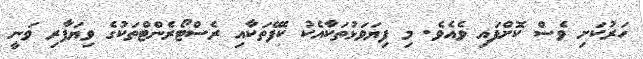
ހަރުކަށި ވެސް ކޮށްފައި ވެއެވެ. މި ފިޔަވަޅުތަކާއެކު ކެފޭތަކާއި ރެސްޓޯރެންޓްތަކުގެ ވިޔަފާރި ވަނީ